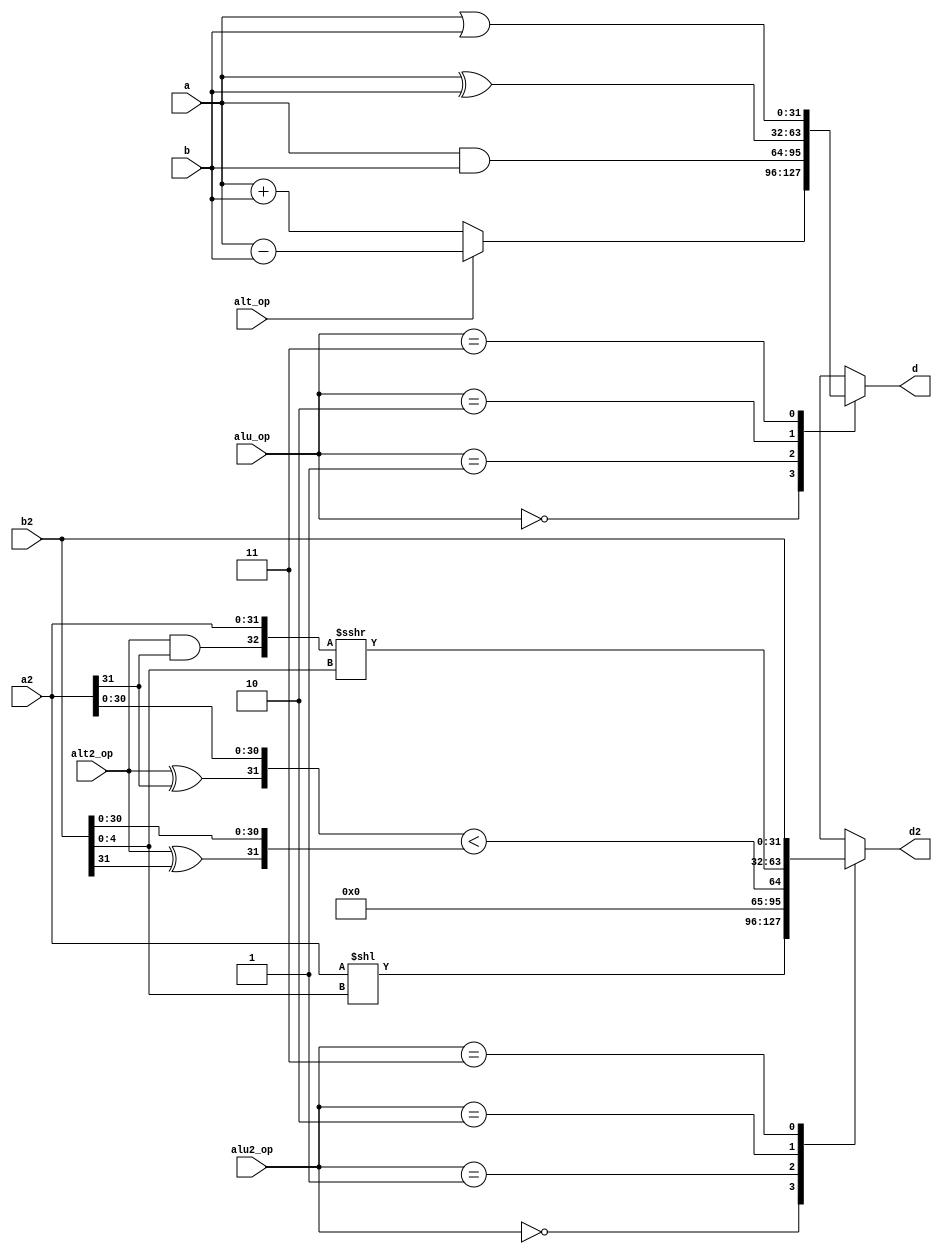
module alu(
    input [31:0] a,
    input [31:0] b,

    input [31:0] a2,
    input [31:0] b2,

    output reg [31:0] d,
    output reg [31:0] d2,
    
    input [1:0] alu_op,
    input [1:0] alu2_op,
    input alt_op,
    input alt2_op
);

reg ignore;

always @* begin
    case (alu_op)
        0: d = !alt_op ? a + b : a - b;
        1: d = a & b;
        2: d = a ^ b;
        3: d = a | b;
    endcase

    case (alu2_op)
        0: d2 = a2 << b2[4:0];
        1: d2 = {31'b0, ({alt2_op ^ a2[31], a2[30:0]} < {alt2_op ^ b2[31], b2[30:0]})};
        2: {ignore, d2} = {alt2_op & a2[31], a2} >>> b2[4:0];
        3: d2 = b2;
    endcase
end

endmodule